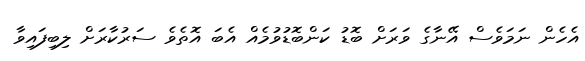
އެހެން ނަމަވެސް އޭނާގެ ވަރަށް ބޮޑު ކަންބޮޑުވުމެއް އެބަ އޮތެވެ ސަރުކާރަށް ލިބިފައިވާ